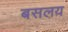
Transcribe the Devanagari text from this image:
बसलय